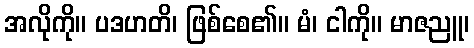
အလိုကို။ ပဒဟတိ၊ ဖြစ်စေ၏။ မံ၊ ငါကို။ မာဇညူ၊